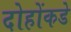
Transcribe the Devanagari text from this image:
दोहोंकडे